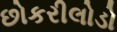
છોકરીલોડો